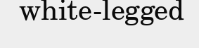
white-legged